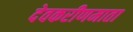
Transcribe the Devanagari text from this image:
देवकरीणमाता